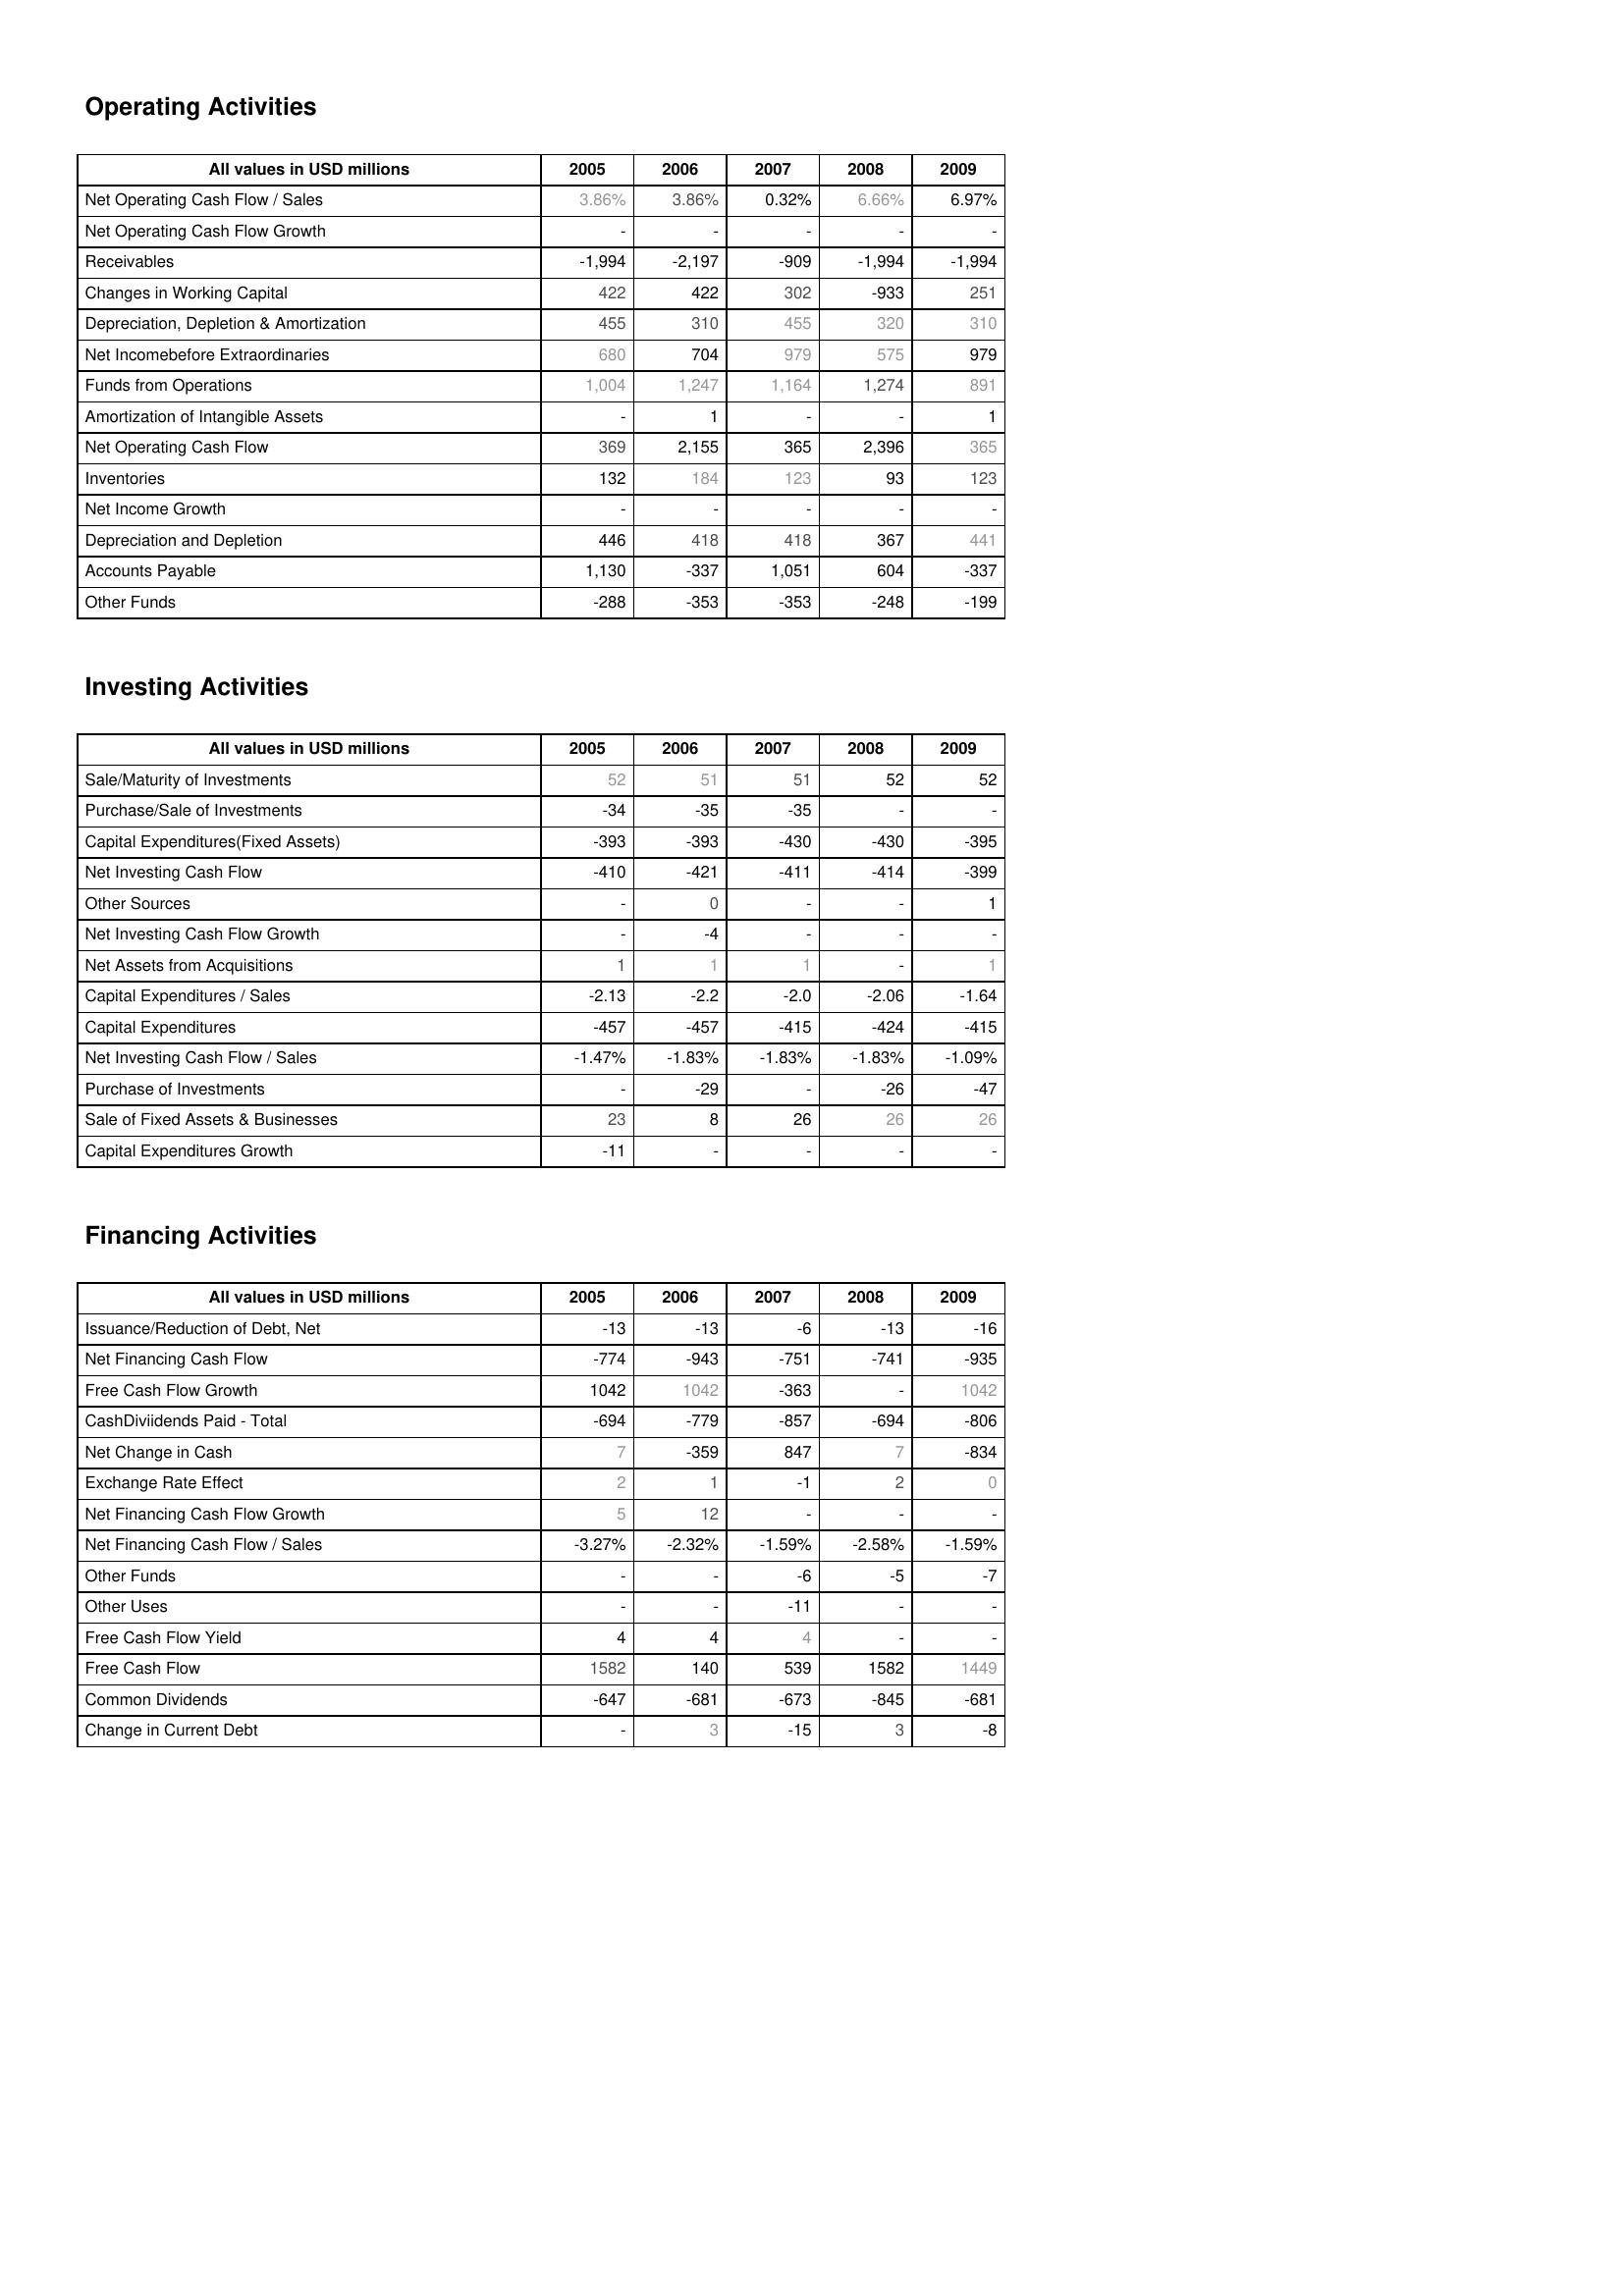
2005: Operating Activities: Net Operating Cash Flow / Sales: 3.86%
Net Operating Cash Flow Growth: -
Receivables: -1,994
Changes in Working Capital: 422
Depreciation, Depletion & Amortization: 455
Net Incomebefore Extraordinaries: 680
Funds from Operations: 1,004
Amortization of Intangible Assets: -
Net Operating Cash Flow: 369
Inventories: 132
Net Income Growth: -
Depreciation and Depletion: 446
Accounts Payable: 1,130
Other Funds: -288
Investing Activities: Sale/Maturity of Investments: 52
Purchase/Sale of Investments: -34
Capital Expenditures(Fixed Assets): -393
Net Investing Cash Flow: -410
Other Sources: -
Net Investing Cash Flow Growth: -
Net Assets from Acquisitions: 1
Capital Expenditures / Sales: -2.13
Capital Expenditures: -457
Net Investing Cash Flow / Sales: -1.47%
Purchase of Investments: -
Sale of Fixed Assets & Businesses: 23
Capital Expenditures Growth: -11
Financing Activities: Issuance/Reduction of Debt, Net: -13
Net Financing Cash Flow: -774
Free Cash Flow Growth: 1042
CashDiviidends Paid - Total: -694
Net Change in Cash: 7
Exchange Rate Effect: 2
Net Financing Cash Flow Growth: 5
Net Financing Cash Flow / Sales: -3.27%
Other Funds: -
Other Uses: -
Free Cash Flow Yield: 4
Free Cash Flow: 1582
Common Dividends: -647
Change in Current Debt: -
2006: Operating Activities: Net Operating Cash Flow / Sales: 3.86%
Net Operating Cash Flow Growth: -
Receivables: -2,197
Changes in Working Capital: 422
Depreciation, Depletion & Amortization: 310
Net Incomebefore Extraordinaries: 704
Funds from Operations: 1,247
Amortization of Intangible Assets: 1
Net Operating Cash Flow: 2,155
Inventories: 184
Net Income Growth: -
Depreciation and Depletion: 418
Accounts Payable: -337
Other Funds: -353
Investing Activities: Sale/Maturity of Investments: 51
Purchase/Sale of Investments: -35
Capital Expenditures(Fixed Assets): -393
Net Investing Cash Flow: -421
Other Sources: 0
Net Investing Cash Flow Growth: -4
Net Assets from Acquisitions: 1
Capital Expenditures / Sales: -2.2
Capital Expenditures: -457
Net Investing Cash Flow / Sales: -1.83%
Purchase of Investments: -29
Sale of Fixed Assets & Businesses: 8
Capital Expenditures Growth: -
Financing Activities: Issuance/Reduction of Debt, Net: -13
Net Financing Cash Flow: -943
Free Cash Flow Growth: 1042
CashDiviidends Paid - Total: -779
Net Change in Cash: -359
Exchange Rate Effect: 1
Net Financing Cash Flow Growth: 12
Net Financing Cash Flow / Sales: -2.32%
Other Funds: -
Other Uses: -
Free Cash Flow Yield: 4
Free Cash Flow: 140
Common Dividends: -681
Change in Current Debt: 3
2007: Operating Activities: Net Operating Cash Flow / Sales: 0.32%
Net Operating Cash Flow Growth: -
Receivables: -909
Changes in Working Capital: 302
Depreciation, Depletion & Amortization: 455
Net Incomebefore Extraordinaries: 979
Funds from Operations: 1,164
Amortization of Intangible Assets: -
Net Operating Cash Flow: 365
Inventories: 123
Net Income Growth: -
Depreciation and Depletion: 418
Accounts Payable: 1,051
Other Funds: -353
Investing Activities: Sale/Maturity of Investments: 51
Purchase/Sale of Investments: -35
Capital Expenditures(Fixed Assets): -430
Net Investing Cash Flow: -411
Other Sources: -
Net Investing Cash Flow Growth: -
Net Assets from Acquisitions: 1
Capital Expenditures / Sales: -2.0
Capital Expenditures: -415
Net Investing Cash Flow / Sales: -1.83%
Purchase of Investments: -
Sale of Fixed Assets & Businesses: 26
Capital Expenditures Growth: -
Financing Activities: Issuance/Reduction of Debt, Net: -6
Net Financing Cash Flow: -751
Free Cash Flow Growth: -363
CashDiviidends Paid - Total: -857
Net Change in Cash: 847
Exchange Rate Effect: -1
Net Financing Cash Flow Growth: -
Net Financing Cash Flow / Sales: -1.59%
Other Funds: -6
Other Uses: -11
Free Cash Flow Yield: 4
Free Cash Flow: 539
Common Dividends: -673
Change in Current Debt: -15
2008: Operating Activities: Net Operating Cash Flow / Sales: 6.66%
Net Operating Cash Flow Growth: -
Receivables: -1,994
Changes in Working Capital: -933
Depreciation, Depletion & Amortization: 320
Net Incomebefore Extraordinaries: 575
Funds from Operations: 1,274
Amortization of Intangible Assets: -
Net Operating Cash Flow: 2,396
Inventories: 93
Net Income Growth: -
Depreciation and Depletion: 367
Accounts Payable: 604
Other Funds: -248
Investing Activities: Sale/Maturity of Investments: 52
Purchase/Sale of Investments: -
Capital Expenditures(Fixed Assets): -430
Net Investing Cash Flow: -414
Other Sources: -
Net Investing Cash Flow Growth: -
Net Assets from Acquisitions: -
Capital Expenditures / Sales: -2.06
Capital Expenditures: -424
Net Investing Cash Flow / Sales: -1.83%
Purchase of Investments: -26
Sale of Fixed Assets & Businesses: 26
Capital Expenditures Growth: -
Financing Activities: Issuance/Reduction of Debt, Net: -13
Net Financing Cash Flow: -741
Free Cash Flow Growth: -
CashDiviidends Paid - Total: -694
Net Change in Cash: 7
Exchange Rate Effect: 2
Net Financing Cash Flow Growth: -
Net Financing Cash Flow / Sales: -2.58%
Other Funds: -5
Other Uses: -
Free Cash Flow Yield: -
Free Cash Flow: 1582
Common Dividends: -845
Change in Current Debt: 3
2009: Operating Activities: Net Operating Cash Flow / Sales: 6.97%
Net Operating Cash Flow Growth: -
Receivables: -1,994
Changes in Working Capital: 251
Depreciation, Depletion & Amortization: 310
Net Incomebefore Extraordinaries: 979
Funds from Operations: 891
Amortization of Intangible Assets: 1
Net Operating Cash Flow: 365
Inventories: 123
Net Income Growth: -
Depreciation and Depletion: 441
Accounts Payable: -337
Other Funds: -199
Investing Activities: Sale/Maturity of Investments: 52
Purchase/Sale of Investments: -
Capital Expenditures(Fixed Assets): -395
Net Investing Cash Flow: -399
Other Sources: 1
Net Investing Cash Flow Growth: -
Net Assets from Acquisitions: 1
Capital Expenditures / Sales: -1.64
Capital Expenditures: -415
Net Investing Cash Flow / Sales: -1.09%
Purchase of Investments: -47
Sale of Fixed Assets & Businesses: 26
Capital Expenditures Growth: -
Financing Activities: Issuance/Reduction of Debt, Net: -16
Net Financing Cash Flow: -935
Free Cash Flow Growth: 1042
CashDiviidends Paid - Total: -806
Net Change in Cash: -834
Exchange Rate Effect: 0
Net Financing Cash Flow Growth: -
Net Financing Cash Flow / Sales: -1.59%
Other Funds: -7
Other Uses: -
Free Cash Flow Yield: -
Free Cash Flow: 1449
Common Dividends: -681
Change in Current Debt: -8